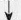
\downarrow